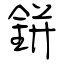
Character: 鉼